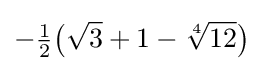
-{\tfrac {1}{2}}{\bigl (}{\sqrt {3}}+1-{\sqrt[{4}]{12}}{\bigr )}